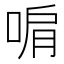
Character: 𭈞